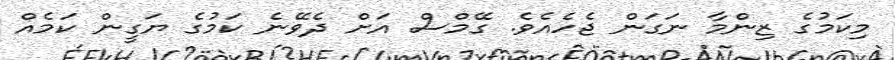
މިކަމުގެ ޒިންމާ ނަގަން ޖެހެއެވެ. ގޭމްސް އަށް ދެވޭނެ ކަމުގެ ޔަގީން ކަމެއް